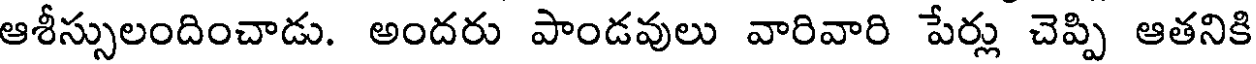
ఆశీస్సులందించాడు. అందరు పాండవులు వారివారి పేర్లు చెప్పి ఆతనికి